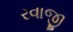
રવાજી